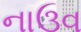
નાઉવ